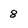
Character: 8